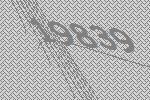
19839